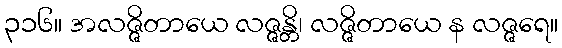
၃၁၆။ အလဇ္ဇိတာယေ လဇ္ဇန္တိ၊ လဇ္ဇိတာယေ န လဇ္ဇရေ။